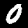
Digit: 0